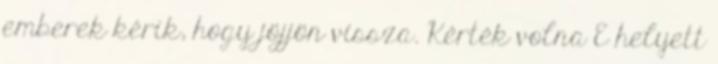
emberek kérik, hogy jöjjön vissza. Kérték volna E helyett